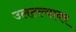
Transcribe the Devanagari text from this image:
उलटल्यावर